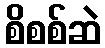
စိစစ်ဆဲ